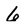
Character: 6